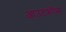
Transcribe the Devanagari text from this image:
आउटक्रॉप्स